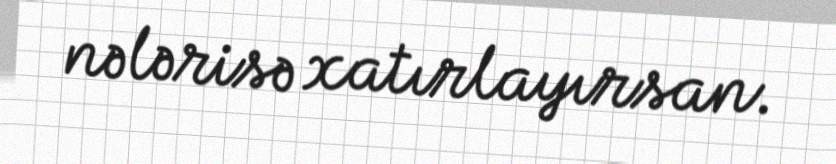
nələrisə xatırlayırsan.